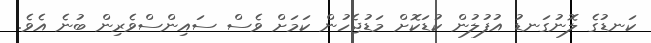
ކަނޑުގެ ލޮނުގަނޑު އުފުލުން ކުޑަކޮށް މަޑުޖެހުން ކަމަށް ވެސް ސައިންސްވެރިން ބުނެ އެވެ.